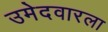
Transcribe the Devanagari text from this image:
उमेदवारला